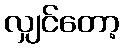
လျှင်တော့